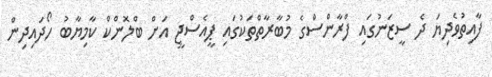
ފާއިތުވެދިޔަ ދެ ސީޒަނުގައި ފްރާންސްގެ މުބާރާތްތަކުގައި ޕީއެސްޖީ އަށް ބްލޮންކް ކާމިޔާބު ހޯދައިދިން